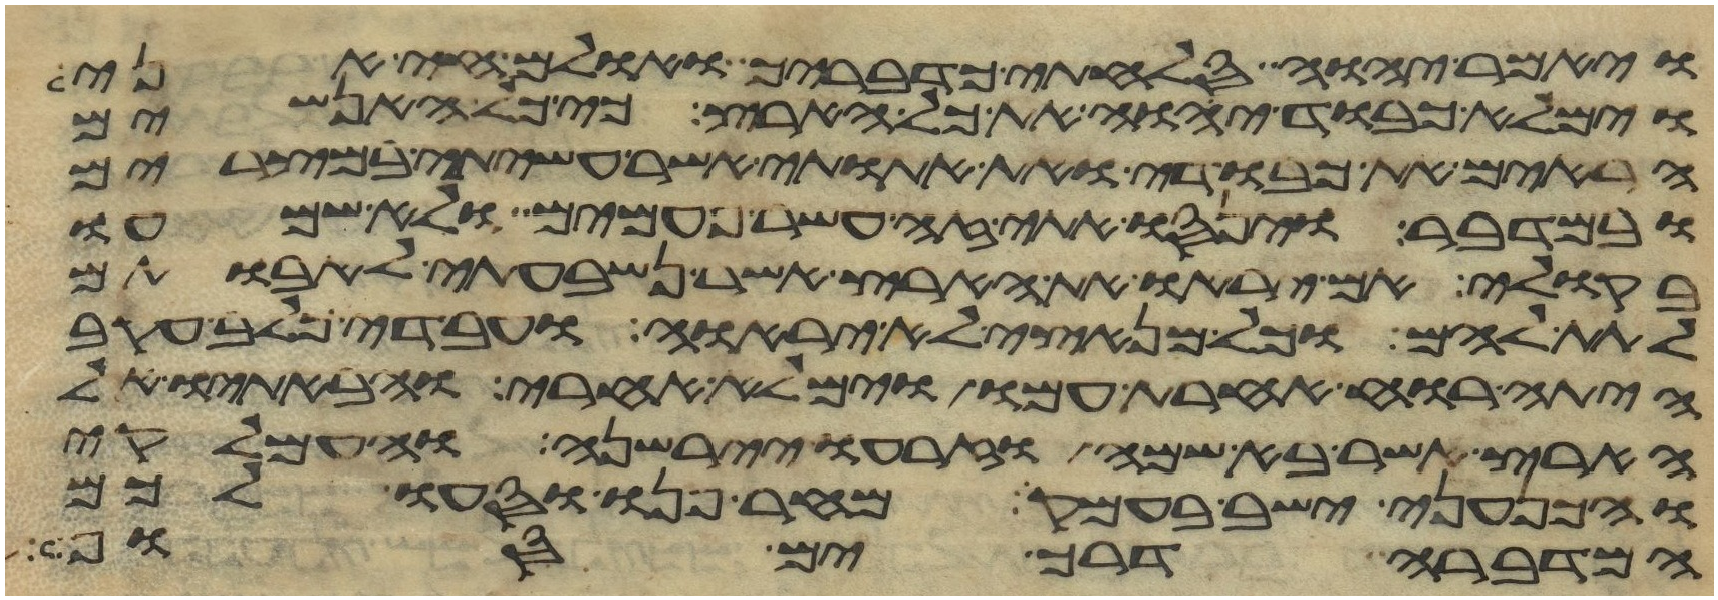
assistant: ויאמר יהוה סלחתי כדבריך ואולם חי אני
וימלא כבוד יהוה את כל הארץ כי כל האנשים
הראים את כבודי ואת אתותי אשר עשיתי במצרים
ובמדבר וינסו אתי זה עשר פעמים ולא שמעו
בקולי אם יראו את הארץ אשר נשבעתי לאבותם
לתת להם וכל מנאצי לא יראוה ועבדי כלב עקב
היתה רוח אחרת עמו וימלא אחרי והבאתיו אל
הארץ אשר בא שמה וזרעו יירשנה והעמלקי
והכנעני ישב בעמק מחר פנו וסעו לכם
המדברה דרך ים סוף